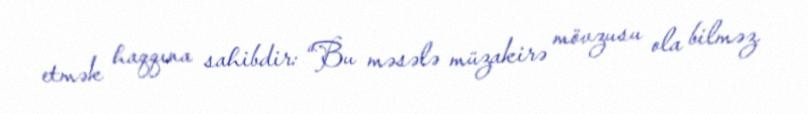
etmək haqqına sahibdir: “Bu məsələ müzakirə mövzusu ola bilməz.